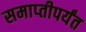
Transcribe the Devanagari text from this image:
समाप्‍तीपर्यंत